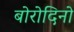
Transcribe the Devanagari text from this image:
बोरोदिनो